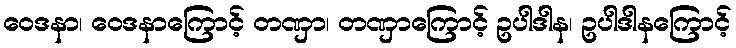
ဝေဒနာ၊ ဝေဒနာကြောင့် တဏှာ၊ တဏှာကြောင့် ဥပါဒါန၊ ဥပါဒါနကြောင့်